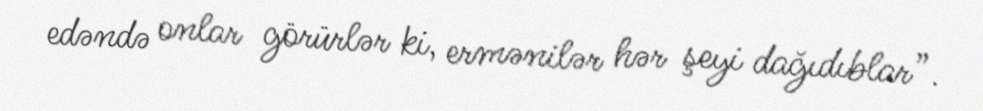
edəndə onlar görürlər ki, ermənilər hər şeyi dağıdıblar”.